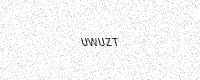
Text: UWUZT